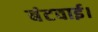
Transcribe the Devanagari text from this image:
बंटवाई।